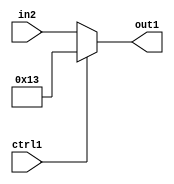
`timescale 1ps / 1ps
/*****************************************************************************
    Verilog RTL Description
    
    
    Created by: Stratus DpOpt 2019.1.01 
*******************************************************************************/

module fix2float_Muxi19u5u1_1 (
	in2,
	ctrl1,
	out1
	); /* architecture "behavioural" */ 
input [4:0] in2;
input  ctrl1;
output [4:0] out1;
wire [4:0] asc001;

reg [4:0] asc001_tmp_0;
assign asc001 = asc001_tmp_0;
always @ (ctrl1 or in2) begin
	case (ctrl1)
		1'B1 : asc001_tmp_0 = 5'B10011 ;
		default : asc001_tmp_0 = in2 ;
	endcase
end

assign out1 = asc001;
endmodule

/* CADENCE  uLPySg0= : u9/ySgnWtBlWxVPRXgAZ4Og= ** DO NOT EDIT THIS LINE ******/